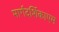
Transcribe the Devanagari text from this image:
मार्गदर्शिकाएम